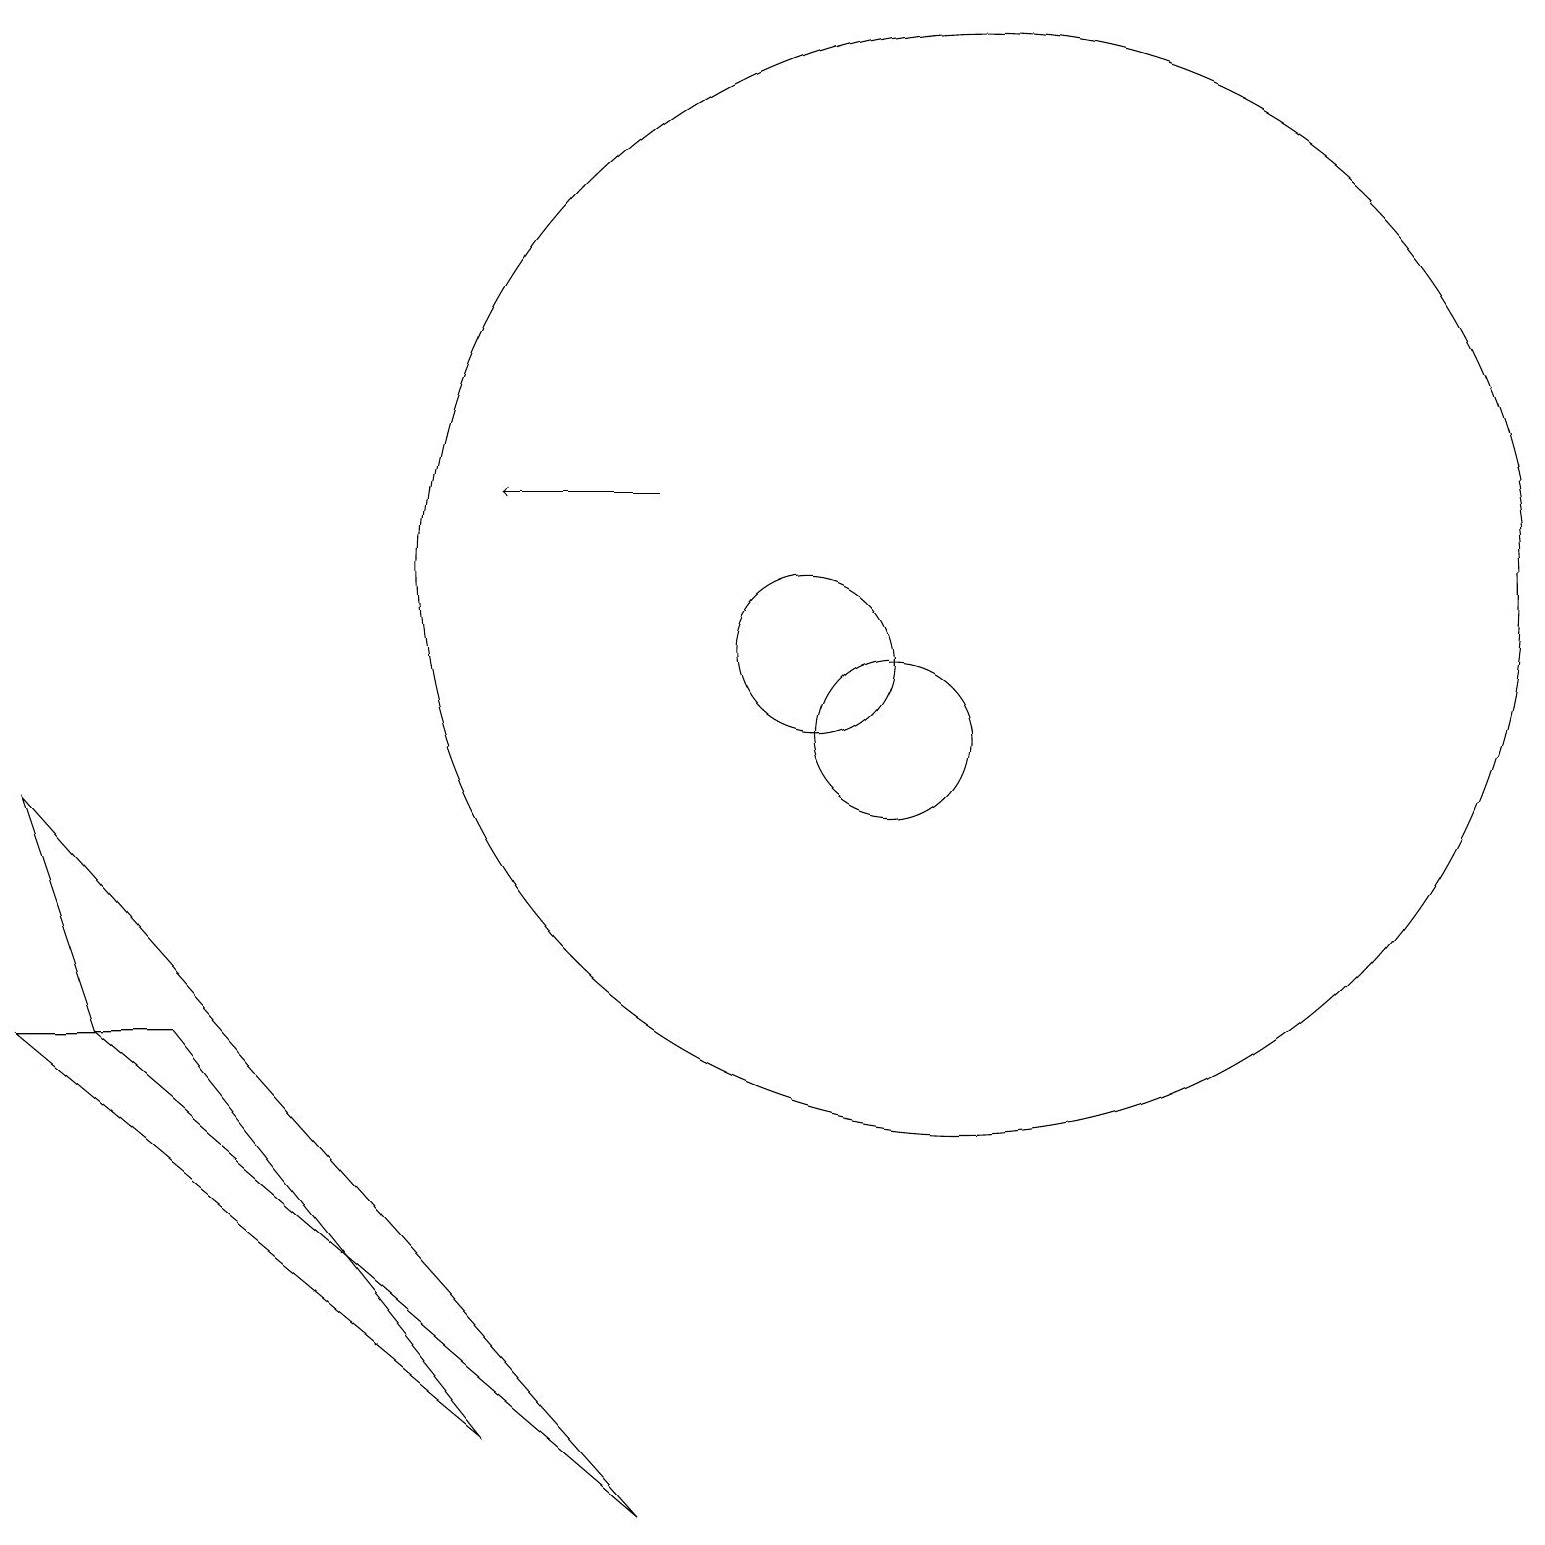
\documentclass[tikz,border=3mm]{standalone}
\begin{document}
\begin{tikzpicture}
\draw[->] (8,13) -- (6,13);
\draw (10,11) circle (1);
\draw (12,12) circle (7);
\draw (8,0) -- (1,6) -- (0,9) -- cycle;
\draw (0,6) -- (2,6) -- (6,1) -- cycle;
\draw (11,10) circle (1);
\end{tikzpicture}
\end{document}